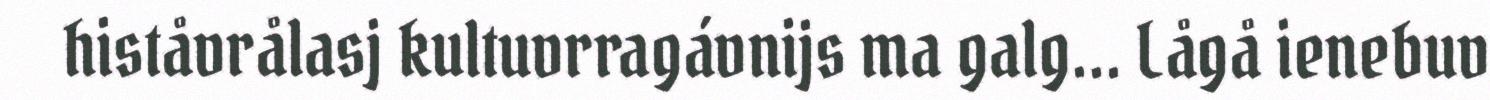
histåvrålasj kultuvrragávnijs ma galg... Lågå ienebuv